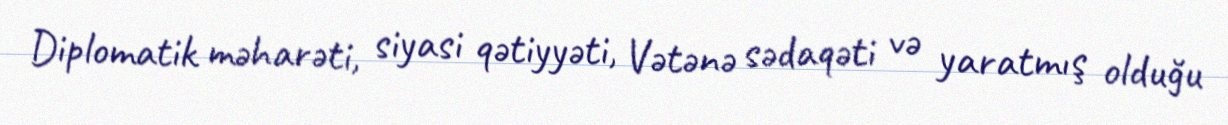
Diplomatik məharəti, siyasi qətiyyəti, Vətənə sədaqəti və yaratmış olduğu